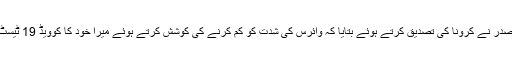
برازیل کے صدر نے کرونا کی تصدیق کرتے ہوئے بتایا کہ وائرس کی شدت کو کم کرنے کی کوشش کرتے ہوئے میرا خود کا کوویڈ 19 ٹیسٹ پازیٹیو آگیا۔